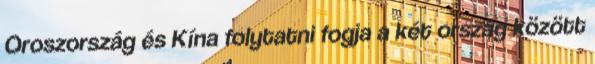
Oroszország és Kína folytatni fogja a két ország között